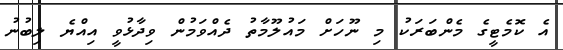
އެ ކޮމެޓީގެ މެންބަރަކު މި ނޫހަށް މައުލޫމާތު ދެއްވަމުން ވިދާޅުވީ އިއްޔެ ލިބުނު